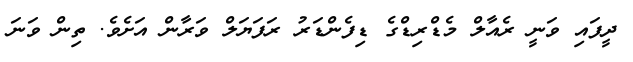
ދީފައި ވަނީ ރެއާލް މެޑްރިޑްގެ ޑިފެންޑަރު ރަފަޔަލް ވަރާން އަށެވެ. ތިން ވަނަ